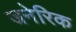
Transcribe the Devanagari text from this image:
जनेरिक